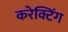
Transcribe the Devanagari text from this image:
करेक्टिंग